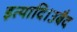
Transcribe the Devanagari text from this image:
इत्यादि।उबैद